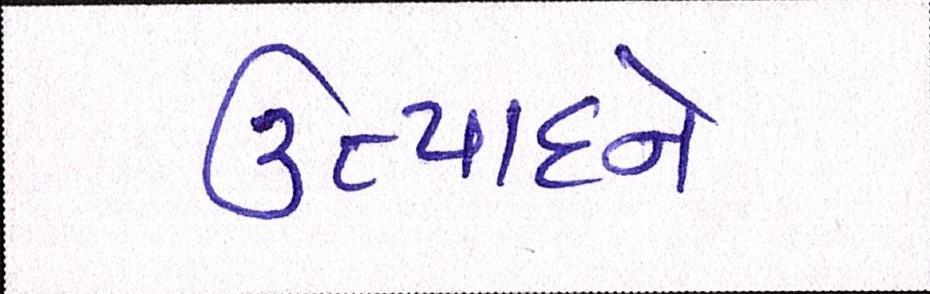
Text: ઉત્પાદને